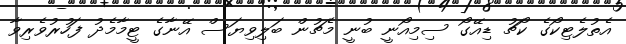
އެތުލެޓިކޯގެ ކޯޗު ޑިއޭގޯ ސިމިއޯނީ ބުނީ މެޗުން ބަލިވިޔަސް އޭނާގެ ޓީމާމެދު ފަހުރުވެރިވާ